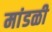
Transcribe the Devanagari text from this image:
मांडळी